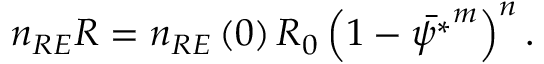
\begin{array} { r } { n _ { R E } R = n _ { R E } \left( 0 \right) R _ { 0 } \left( 1 - \bar { \psi ^ { * } } ^ { m } \right) ^ { n } . } \end{array}